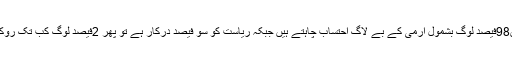
’’پاکستان میں98فیصد لوگ بشمول آرمی کے بے لاگ احتساب چاہتے ہیں جبکہ ریاست کو سو فیصد درکار ہے تو پھر 2فیصد لوگ کب تک روک سکیں گے۔